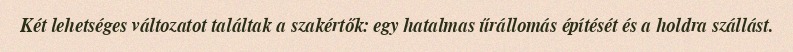
Két lehetséges változatot találtak a szakértők: egy hatalmas űrállomás építését és a holdra szállást.